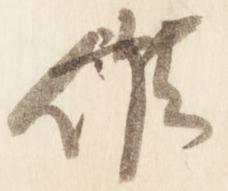
候